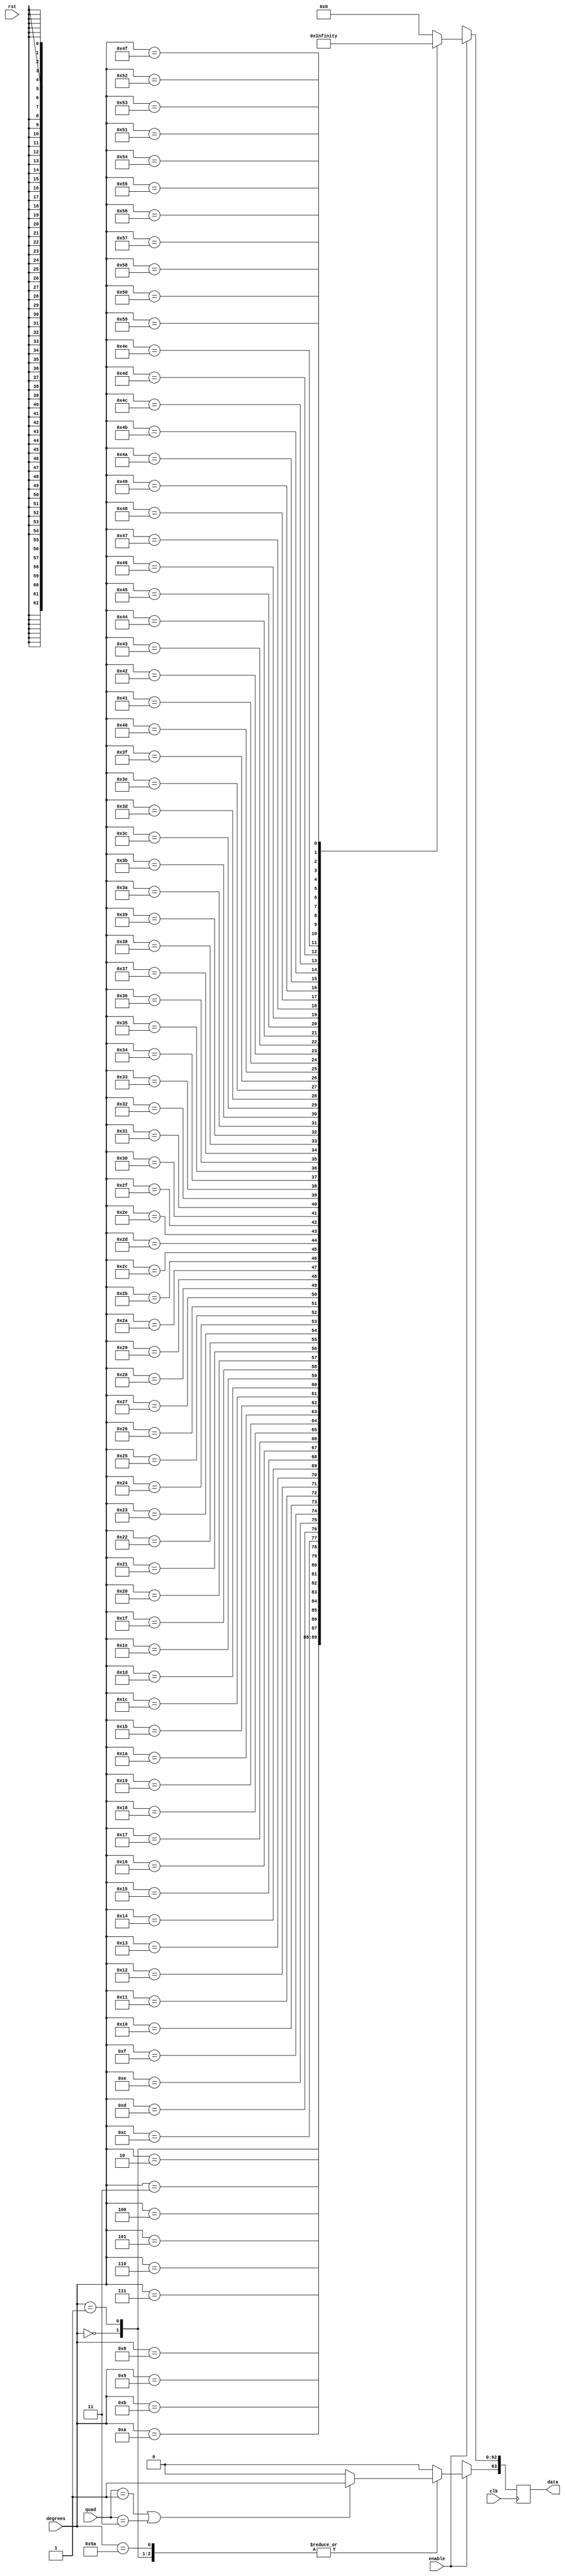
/////////////////////////////////////////////////////////////////////
////                                                             ////
////                                                          ////
////  Trigonometric functions using double precision Floating Point Unit        ////
////                                                             ////
////          muni_aditya@yahoo.com                                ////
////                                                             ////
/////////////////////////////////////////////////////////////////////
////                                                             ////
//// Copyright (C) 2013 Muni Aditya                           ////
////                  muni_aditya@yahoo.com                        ////
////                                                             ////
//// This source file may be used and distributed without        ////
//// restriction provided that this copyright statement is not   ////
//// removed from the file and that any derivative work contains ////
//// the original copyright notice and the associated disclaimer.////
////                                                             ////
////     THIS SOFTWARE IS PROVIDED ``AS IS'' AND WITHOUT ANY     ////
//// EXPRESS OR IMPLIED WARRANTIES, INCLUDING, BUT NOT LIMITED   ////
//// TO, THE IMPLIED WARRANTIES OF MERCHANTABILITY AND FITNESS   ////
//// FOR A PARTICULAR PURPOSE. IN NO EVENT SHALL THE AUTHOR      ////
//// OR CONTRIBUTORS BE LIABLE FOR ANY DIRECT, INDIRECT,         ////
//// INCIDENTAL, SPECIAL, EXEMPLARY, OR CONSEQUENTIAL DAMAGES    ////
//// (INCLUDING, BUT NOT LIMITED TO, PROCUREMENT OF SUBSTITUTE   ////
//// GOODS OR SERVICES; LOSS OF USE, DATA, OR PROFITS; OR        ////
//// BUSINESS INTERRUPTION) HOWEVER CAUSED AND ON ANY THEORY OF  ////
//// LIABILITY, WHETHER IN  CONTRACT, STRICT LIABILITY, OR TORT  ////
//// (INCLUDING NEGLIGENCE OR OTHERWISE) ARISING IN ANY WAY OUT  ////
//// OF THE USE OF THIS SOFTWARE, EVEN IF ADVISED OF THE         ////
//// POSSIBILITY OF SUCH DAMAGE.                                 ////
////                                                             ////
/////////////////////////////////////////////////////////////////////

`timescale 1ns / 100ps

`define INPUT_WIDTH 32

module cotangent_lut (quad, enable, degrees, data, rst, clk);

input [1:0] quad;
input enable;
input rst;
input [`INPUT_WIDTH-1:0] degrees ;
input clk;

//////////////inputs/////////////////

output reg [63:0] data;

//////////////output/////////////////

always@(posedge clk )

// needs to be positive in first and third quadrants

 begin
        if (quad == 2'b01 || quad == 2'b11)
        begin
        data[63] <= 1'b1;
        end

        else
        begin
        data[63] <= 1'b0;
        end
   

	
	if(enable)
	case (degrees)
	  
//look up table

`INPUT_WIDTH'd0  : data[62:0] <= 64'h7ff0000000000000;
`INPUT_WIDTH'd1  : data[62:0] <= 64'h404ca51d76749a71;
`INPUT_WIDTH'd2  : data[62:0] <= 64'h403ca2e17ec2185c;
`INPUT_WIDTH'd3  : data[62:0] <= 64'h403314c55fbc4c67;
`INPUT_WIDTH'd4  : data[62:0] <= 64'h402c99f0ed772d4c;
`INPUT_WIDTH'd5  : data[62:0] <= 64'h4026dc2fd0bfdbe2;
`INPUT_WIDTH'd6  : data[62:0] <= 64'h4023075ac71a38c7;
`INPUT_WIDTH'd7  : data[62:0] <= 64'h402049e7c666e3fe;
`INPUT_WIDTH'd8  : data[62:0] <= 64'h401c76237b025ae8;
`INPUT_WIDTH'd9  : data[62:0] <= 64'h4019414813ba662c;
`INPUT_WIDTH'd10 : data[62:0] <= 64'h4016af648056a136;
`INPUT_WIDTH'd11 : data[62:0] <= 64'h40149405f7cc644c;
`INPUT_WIDTH'd12 : data[62:0] <= 64'h4012d18a8e2ff28c;
`INPUT_WIDTH'd13 : data[62:0] <= 64'h4011536e695dda95;
`INPUT_WIDTH'd14 : data[62:0] <= 64'h40100b0a2833d3c4;
`INPUT_WIDTH'd15 : data[62:0] <= 64'h400ddb3d742c2656;
`INPUT_WIDTH'd16 : data[62:0] <= 64'h400be6398b3f2869;
`INPUT_WIDTH'd17 : data[62:0] <= 64'h400a2ab4c713671e;
`INPUT_WIDTH'd18 : data[62:0] <= 64'h40089f188bdcd7b0;
`INPUT_WIDTH'd19 : data[62:0] <= 64'h40073bd2e9a270e0;
`INPUT_WIDTH'd20 : data[62:0] <= 64'h4005fad570f872d9;
`INPUT_WIDTH'd21 : data[62:0] <= 64'h4004d738ef803784;
`INPUT_WIDTH'd22 : data[62:0] <= 64'h4003ccfa561175d6;
`INPUT_WIDTH'd23 : data[62:0] <= 64'h4002d8c9200b5686;
`INPUT_WIDTH'd24 : data[62:0] <= 64'h4001f7e220cc4172;
`INPUT_WIDTH'd25 : data[62:0] <= 64'h400127f33e8d12e5;
`INPUT_WIDTH'd26 : data[62:0] <= 64'h40006705b35391e8;
`INPUT_WIDTH'd27 : data[62:0] <= 64'h3fff66da45fee3f1;
`INPUT_WIDTH'd28 : data[62:0] <= 64'h3ffe1774a2562593;
`INPUT_WIDTH'd29 : data[62:0] <= 64'h3ffcdd612dd501f4;
`INPUT_WIDTH'd30 : data[62:0] <= 64'h3ffbb67ae8584cab;
`INPUT_WIDTH'd31 : data[62:0] <= 64'h3ffaa0e385c196ab;
`INPUT_WIDTH'd32 : data[62:0] <= 64'h3ff99af8610e4105;
`INPUT_WIDTH'd33 : data[62:0] <= 64'h3ff8a34971bd7010;
`INPUT_WIDTH'd34 : data[62:0] <= 64'h3ff7b891d9a169b4;
`INPUT_WIDTH'd35 : data[62:0] <= 64'h3ff6d9b1b96ce128;
`INPUT_WIDTH'd36 : data[62:0] <= 64'h3ff605a90c73ab79;
`INPUT_WIDTH'd37 : data[62:0] <= 64'h3ff53b9359d2f919;
`INPUT_WIDTH'd38 : data[62:0] <= 64'h3ff47aa413b0ee1e;
`INPUT_WIDTH'd39 : data[62:0] <= 64'h3ff3c2238553dcee;
`INPUT_WIDTH'd40 : data[62:0] <= 64'h3ff3116c3711527e;
`INPUT_WIDTH'd41 : data[62:0] <= 64'h3ff267e8b3f5da82;
`INPUT_WIDTH'd42 : data[62:0] <= 64'h3ff1c511a0db83e3;
`INPUT_WIDTH'd43 : data[62:0] <= 64'h3ff1286c17acf49b;
`INPUT_WIDTH'd44 : data[62:0] <= 64'h3ff091883bfbf42e;
`INPUT_WIDTH'd45 : data[62:0] <= 64'h3ff0000000000001;
`INPUT_WIDTH'd46 : data[62:0] <= 64'h3feee6ec253d2464;
`INPUT_WIDTH'd47 : data[62:0] <= 64'h3fedd729e0bf9cb6;
`INPUT_WIDTH'd48 : data[62:0] <= 64'h3fecd01c246e4060;
`INPUT_WIDTH'd49 : data[62:0] <= 64'h3febd1326bb88d13;
`INPUT_WIDTH'd50 : data[62:0] <= 64'h3fead9e7783fbf1e;
`INPUT_WIDTH'd51 : data[62:0] <= 64'h3fe9e9c0346ca839;
`INPUT_WIDTH'd52 : data[62:0] <= 64'h3fe9004ab6d5cc93;
`INPUT_WIDTH'd53 : data[62:0] <= 64'h3fe81d1d621eb711;
`INPUT_WIDTH'd54 : data[62:0] <= 64'h3fe73fd61d9df544;
`INPUT_WIDTH'd55 : data[62:0] <= 64'h3fe66819a3a0bf7b;
`INPUT_WIDTH'd56 : data[62:0] <= 64'h3fe59592e296c625;
`INPUT_WIDTH'd57 : data[62:0] <= 64'h3fe4c7f26ed1d60f;
`INPUT_WIDTH'd58 : data[62:0] <= 64'h3fe3feee02d72514;
`INPUT_WIDTH'd59 : data[62:0] <= 64'h3fe33a400c85af9f;
`INPUT_WIDTH'd60 : data[62:0] <= 64'h3fe279a74590331e;
`INPUT_WIDTH'd61 : data[62:0] <= 64'h3fe1bce655fbb9bf;
`INPUT_WIDTH'd62 : data[62:0] <= 64'h3fe103c37f7ebedc;
`INPUT_WIDTH'd63 : data[62:0] <= 64'h3fe04e0850c1dd5d;
`INPUT_WIDTH'd64 : data[62:0] <= 64'h3fdf3702bf455cf5;
`INPUT_WIDTH'd65 : data[62:0] <= 64'h3fddd7fc13699ab1;
`INPUT_WIDTH'd66 : data[62:0] <= 64'h3fdc7ea074a90a11;
`INPUT_WIDTH'd67 : data[62:0] <= 64'h3fdb2a986b66229e;
`INPUT_WIDTH'd68 : data[62:0] <= 64'h3fd9db90d0ac0d44;
`INPUT_WIDTH'd69 : data[62:0] <= 64'h3fd8913a75259d04;
`INPUT_WIDTH'd70 : data[62:0] <= 64'h3fd74b49cf3902d6;
`INPUT_WIDTH'd71 : data[62:0] <= 64'h3fd60976af8c1614;
`INPUT_WIDTH'd72 : data[62:0] <= 64'h3fd4cb7bfb4961b0;
`INPUT_WIDTH'd73 : data[62:0] <= 64'h3fd391176b8feb5b;
`INPUT_WIDTH'd74 : data[62:0] <= 64'h3fd25a0951873b22;
`INPUT_WIDTH'd75 : data[62:0] <= 64'h3fd126145e9ecd56;
`INPUT_WIDTH'd76 : data[62:0] <= 64'h3fcfe9fae1181f52;
`INPUT_WIDTH'd77 : data[62:0] <= 64'h3fcd8d16c1491599;
`INPUT_WIDTH'd78 : data[62:0] <= 64'h3fcb350dac762348;
`INPUT_WIDTH'd79 : data[62:0] <= 64'h3fc8e174375dceba;
`INPUT_WIDTH'd80 : data[62:0] <= 64'h3fc691e1ebc5cbbf;
`INPUT_WIDTH'd81 : data[62:0] <= 64'h3fc445f0fbb1cf93;
`INPUT_WIDTH'd82 : data[62:0] <= 64'h3fc1fd3df8664fe6;
`INPUT_WIDTH'd83 : data[62:0] <= 64'h3fbf6ecf19881d32;
`INPUT_WIDTH'd84 : data[62:0] <= 64'h3fbae81c75231d96;
`INPUT_WIDTH'd85 : data[62:0] <= 64'h3fb665a8349d55ee;
`INPUT_WIDTH'd86 : data[62:0] <= 64'h3fb1e6b93a6931ff;
`INPUT_WIDTH'd87 : data[62:0] <= 64'h3faad53144273e86;
`INPUT_WIDTH'd88 : data[62:0] <= 64'h3fa1e12295d61fd2;
`INPUT_WIDTH'd89 : data[62:0] <= 64'h3f91dfbd9410a43b;
`INPUT_WIDTH'd90 : data[62:0] <= 64'h0000000000000000;


default:data <= 64'h0;

endcase

else 
  data <= 64'hxxxxxxxxxxxxxxx;



end


endmodule